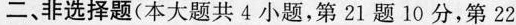
二、非选择题(本大题共4小题，第21题10分，第22